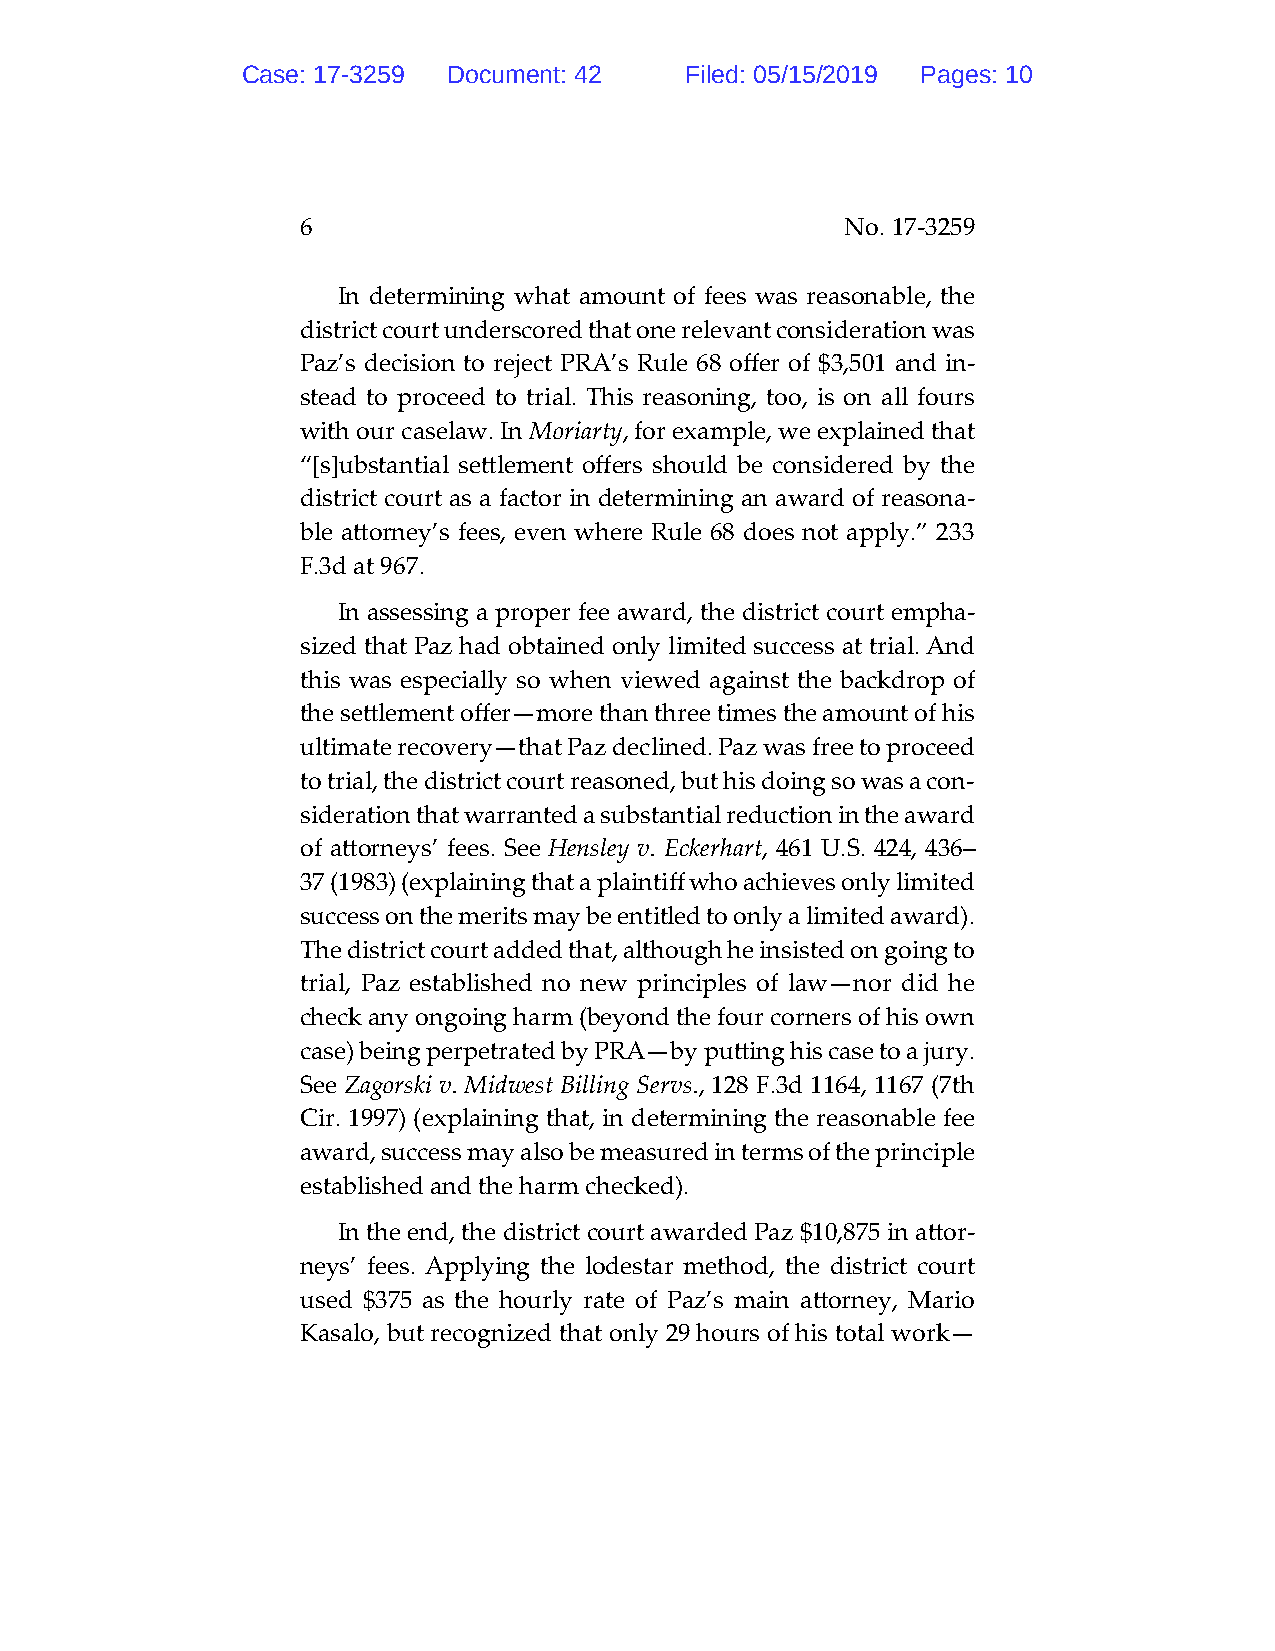
Case: 17-3259 Document: 42   Filed: 05/15/2019 Pages: 10
 6                                   No. 17-3259
 In determining what amount of fees was reasonable, the
 district court underscored that one relevant consideration was
 Paz’s decision to reject PRA’s Rule 68 offer of $3,501 and in-
 stead to proceed to trial. This reasoning, too, is on all fours
 with our caselaw. In Moriarty, for example, we explained that
 “[s]ubstantial settlement offers should be considered by the
 district court as a factor in determining an award of reasona-
 ble attorney’s fees, even where Rule 68 does not apply.” 233
 F.3d at 967.
 In assessing a proper fee award, the district court empha-
 sized that Paz had obtained only limited success at trial. And
 this was especially so when viewed against the backdrop of
 the settlement offer—more than three times the amount of his
 ultimate recovery—that Paz declined. Paz was free to proceed
 to trial, the district court reasoned, but his doing so was a con-
 sideration that warranted a substantial reduction in the award
 of attorneys’ fees. See Hensley v. Eckerhart, 461 U.S. 424, 436–
 37 (1983) (explaining that a plaintiff who achieves only limited
 success on the merits may be entitled to only a limited award).
 The district court added that, although he insisted on going to
 trial, Paz established no new principles of law—nor did he
 check any ongoing harm (beyond the four corners of his own
 case) being perpetrated by PRA—by putting his case to a jury.
 See Zagorski v. Midwest Billing Servs., 128 F.3d 1164, 1167 (7th
 Cir. 1997) (explaining that, in determining the reasonable fee
 award, success may also be measured in terms of the principle
 established and the harm checked).
 In the end, the district court awarded Paz $10,875 in attor-
 neys’ fees. Applying the lodestar method, the district court
 used $375 as the hourly rate of Paz’s main attorney, Mario
 Kasalo, but recognized that only 29 hours of his total work—